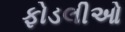
ફોડલીઓ